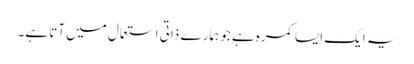
یہ ایک ایسا کمرہ ہے جو ہمارے ذاتی استعمال میں آتا ہے۔